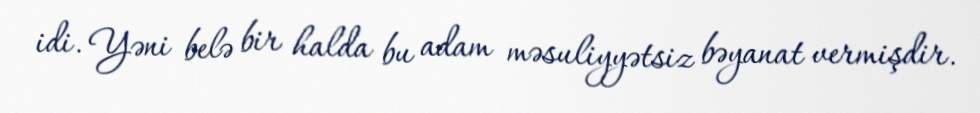
idi. Yəni belə bir halda bu adam məsuliyyətsiz bəyanat vermişdir.